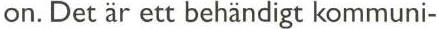
on. Det är ett behändigt kommuni-